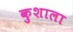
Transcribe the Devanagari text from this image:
कुशाला